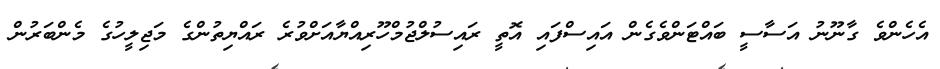
އެހެންވެ ގާނޫނު އަސާސީ ބައްޓަންވެގެން އައިސްފައި އޮތީ ރައިސުލްޖުމްހޫރިއްޔާއަށްވުރެ ރައްޔިތުންގެ މަޖިލީހުގެ މެންބަރުން